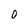
Character: 0